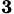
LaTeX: _\mathbf{3}